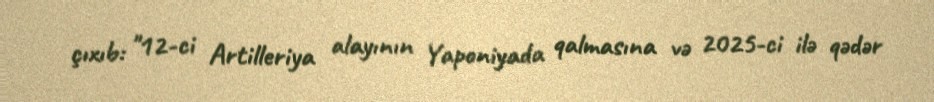
çıxıb: "12-ci Artilleriya alayının Yaponiyada qalmasına və 2025-ci ilə qədər